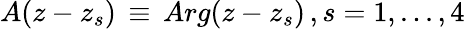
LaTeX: A(z-z_{s})\, \equiv\, Arg(z-z_{s})\, ,s=1,...,4